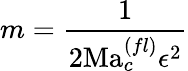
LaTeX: m=\frac{1}{2\mathrm{Ma}_{c}^{(fl)}\epsilon^{2}}